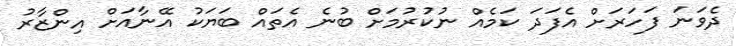
ދެވަނަ ފަހަރަށް އެފަދަ ކަމެއް ނުކުރުމަށް ބުނެ އެތައް ބަޔަކު އޭނާއަށް އިންޒާރު